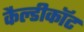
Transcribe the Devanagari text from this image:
कैल्डीकॉट